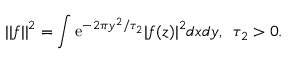
| | f | | ^ { 2 } = \int { \mathrm e } ^ { - 2 \pi y ^ { 2 } / \tau _ { 2 } } | f ( z ) | ^ { 2 } d x d y , \, \, \, \tau _ { 2 } > 0 .